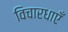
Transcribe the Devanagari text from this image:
विचारधाएँ